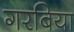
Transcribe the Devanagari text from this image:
गरबिया